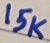
Text: 15K